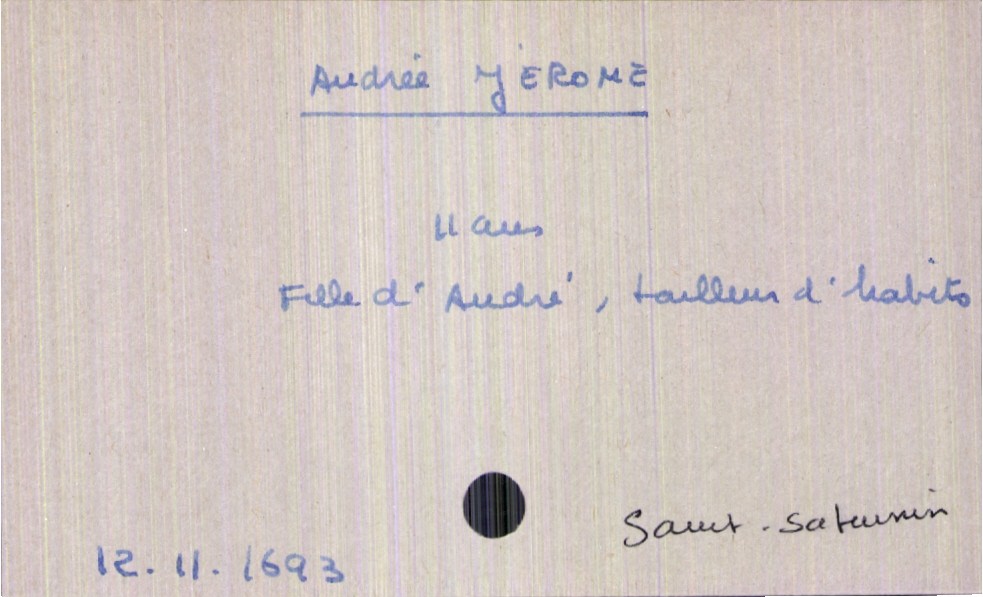
type_acte: Décès
année: 1693
mois: 11
jour: 12
paroisse: Saint-Saturnin
défunt_nom: Jérome
défunt_prénom: Andrée
défunt_sexe: F
défunt_âge: 11 ans
père_défunt_nom: Jérome
père_défunt_prénom: André
père_défunt_profession: tailleur d'habits